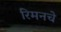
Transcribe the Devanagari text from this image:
रिमनचे